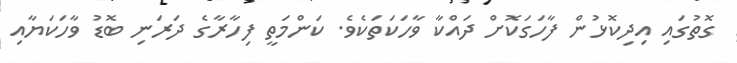
ގޮތުގައި އިދިކޮޅުން ފާހަގަކޮށް ދައްކާ ވާހަކަތަކެވެ. ކަންމަތީ ފިހާރާގެ ދަރަނި ބޮޑު ވާހަކަޔާއި